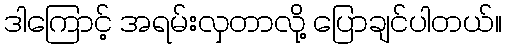
ဒါကြောင့် အရမ်းလှတာလို့ ပြောချင်ပါတယ်။